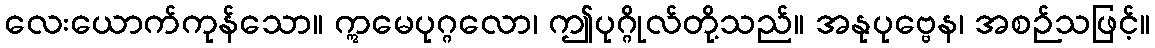
လေးယောက်ကုန်သော။ ဣမေပုဂ္ဂလော၊ ဤပုဂ္ဂိုလ်တို့သည်။ အနုပုဗ္ဗေန၊ အစဉ်သဖြင့်။